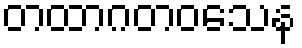
တထာဂတဝသေန